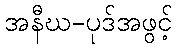
အနီဃ-ပုဒ်အဖွင့်